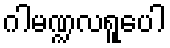
ဂါမဏ္ဍလရူပေါ